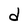
Character: d